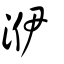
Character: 洢